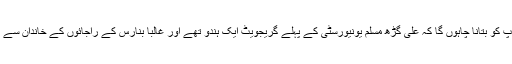
میں آپ کو بتانا چاہوں گا کہ علی گڑھ مسلم یونیورسٹی کے پہلے گریجویٹ ایک ہندو تھے اور غالباً بنارس کے راجائوں کے خاندان سے تھے۔